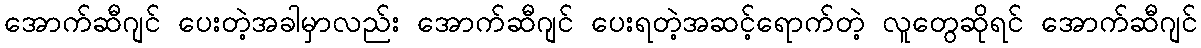
အောက်ဆီဂျင် ပေးတဲ့အခါမှာလည်း အောက်ဆီဂျင် ပေးရတဲ့အဆင့်ရောက်တဲ့ လူတွေဆိုရင် အောက်ဆီဂျင်